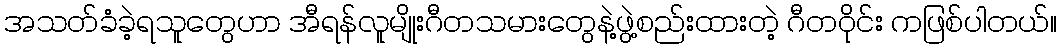
အသတ်ခံခဲ့ရသူတွေဟာ အီရန်လူမျိုးဂီတသမားတွေနဲ့ဖွဲ့စည်းထားတဲ့ ဂီတဝိုင်း ကဖြစ်ပါတယ်။